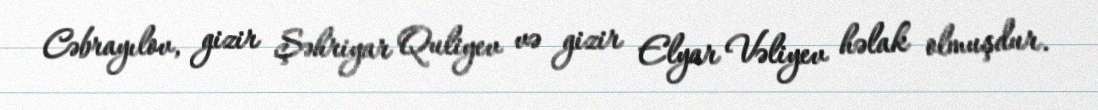
Cəbrayılov, gizir Şəhriyar Quliyev və gizir Elyar Vəliyev həlak olmuşdur.